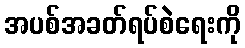
အပစ်အခတ်ရပ်စဲရေးကို